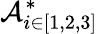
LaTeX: \mathcal{A}_{i\in[1,2,3]}^{*}